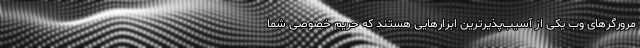
مرورگرهای وب یکی از آسیب‌پذیرترین ابزارهایی هستند که حریم خصوصی شما